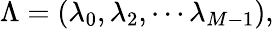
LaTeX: \begin{array}{r}{\Lambda=\left(\lambda_{0},\lambda_{2},\cdots\lambda_{M-1}\right),}\end{array}